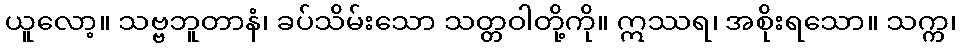
ယူလော့။ သဗ္ဗဘူတာနံ၊ ခပ်သိမ်းသော သတ္တဝါတို့ကို။ ဣဿရ၊ အစိုးရသော။ သက္က၊